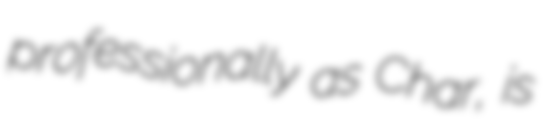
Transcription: professionally as Char, is